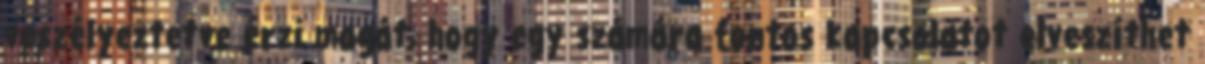
veszélyeztetve érzi magát, hogy egy számára fontos kapcsolatot elveszíthet